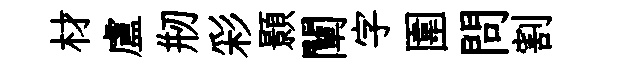
材盧剏彩顥闡字圍問割